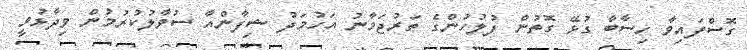
ގޮސްފައިވާ ހިސާބާ ގުޅޭ ގޮތުން ފުލުހުންގެ ތަރުޖަމާނު އަހުމަދު ޝިފާންއާ ސުވާލުކުރުމުން ވިދާޅުވީ